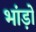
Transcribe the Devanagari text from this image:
भांड़ों